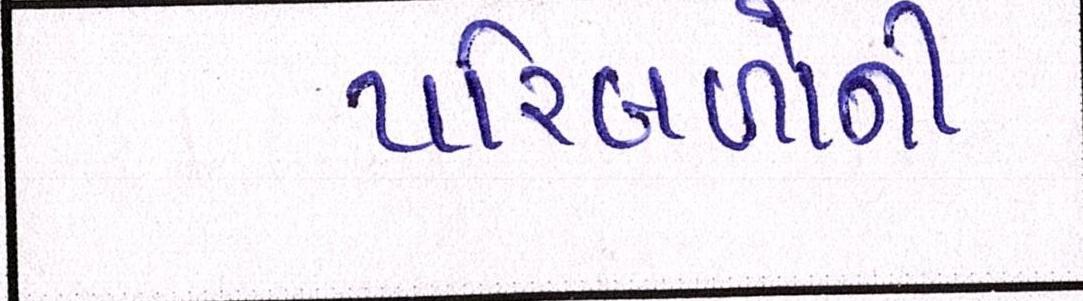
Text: પરીબળોની